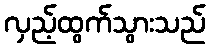
လှည့်ထွက်သွားသည်